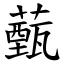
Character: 薽